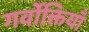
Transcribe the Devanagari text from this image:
गर्वोक्तियाँ